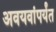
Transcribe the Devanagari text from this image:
अवयवांपर्यंत